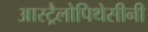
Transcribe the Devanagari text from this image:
आस्ट्रैलोपिथेसीनी